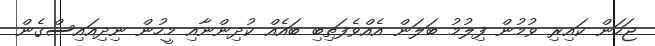
ޖަހަން ކައިރި ވުމުން ފިލުމު ބަލަން އެއްވެފަތިބި ބައެއް ކުދިންނާއި މީހުން ނިދިއައިސްގެން